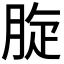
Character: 𦛔